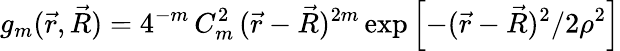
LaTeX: g_{m}(\vec{r},\vec{R})=4^{-m}\, C_{m}^{2}\, (\vec{r}-\vec{R})^{2m}\exp\left[{-(\vec{r}-\vec{R})^{2}}/2\rho^{2}\right]